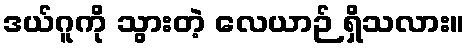
ဒယ်ဂူကို သွားတဲ့ လေယာဉ် ရှိသလား။